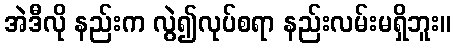
အဲဒီလို နည်းက လွဲ၍လုပ်စရာ နည်းလမ်းမရှိဘူး။